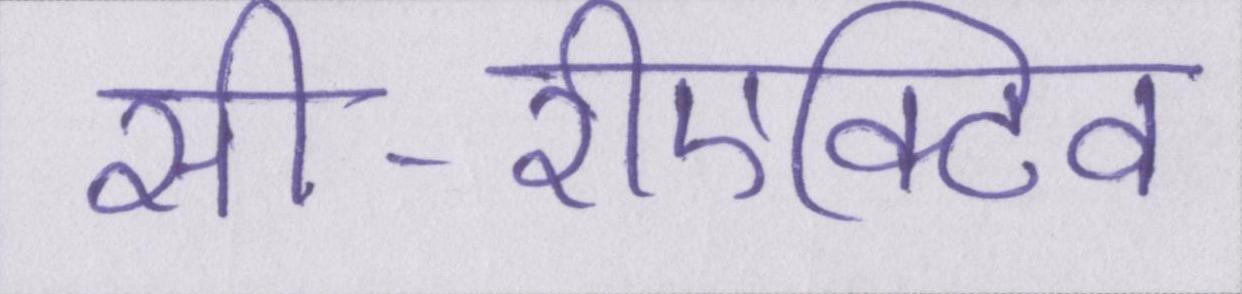
सी-रीएक्टिव